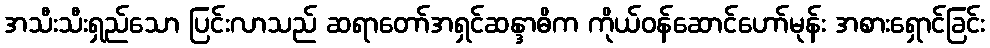
အသီးသီးရှည်သော ပြင်းလာသည် ဆရာတော်အရှင်ဆန္ဒာဓိက ကိုယ်ဝန်ဆောင်ဟော်မုန်း အစားရှောင်ခြင်း